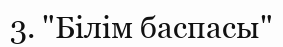
3. "Білім баспасы"